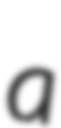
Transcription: a